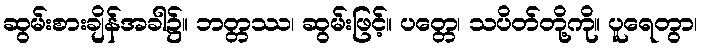
ဆွမ်းစားချိန်အခါ၌။ ဘတ္တဿ၊ ဆွမ်းဖြင့်။ ပတ္တေ၊ သပိတ်တို့ကို။ ပူရေတွာ၊